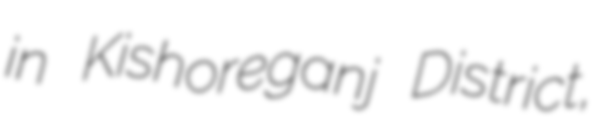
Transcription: in Kishoreganj District,